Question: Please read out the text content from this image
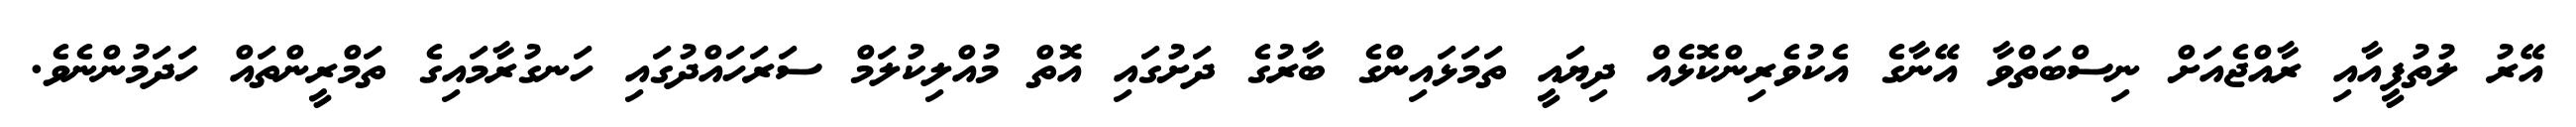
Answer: އޭރު ލުތުފީއާއި ރާއްޖެއަށް ނިސްބަތްވާ އޭނާގެ އެކުވެރިންކޮޅެއް ދިޔައީ ތަމަޅައިންގެ ބާރުގެ ދަށުގައި އޮތް މުއްލިކުލަމް ސަރަހައްދުގައި ހަނގުރާމައިގެ ތަމްރީންތައް ހަދަމުންނެވެ.